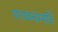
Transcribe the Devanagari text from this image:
परावनस्पति